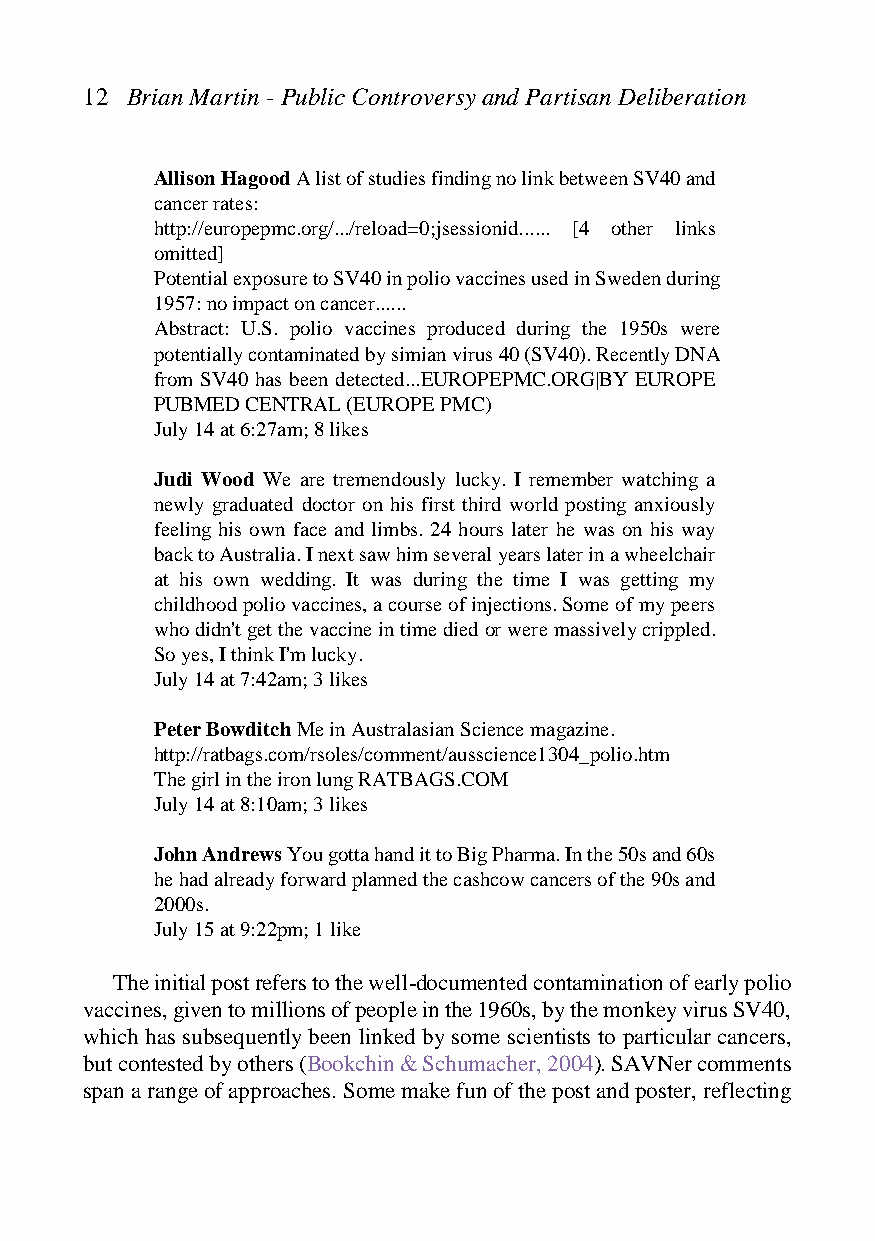
12 Brian Martin - Public Controversy and Partisan Deliberation
 Allison Hagood A list of studies finding no link between SV40 and
 cancer rates:
 http://europepmc.org/.../reload=0;jsessionid...... [4 other links
 omitted]
 Potential exposure to SV40 in polio vaccines used in Sweden during
 1957: no impact on cancer......
 Abstract: U.S. polio vaccines produced during the 1950s were
 potentially contaminated by simian virus 40 (SV40). Recently DNA
 from SV40 has been detected...EUROPEPMC.ORG|BY EUROPE
 PUBMED CENTRAL (EUROPE PMC)
 July 14 at 6:27am; 8 likes
 Judi Wood We are tremendously lucky. I remember watching a
 newly graduated doctor on his first third world posting anxiously
 feeling his own face and limbs. 24 hours later he was on his way
 back to Australia. I next saw him several years later in a wheelchair
 at his own wedding. It was during the time I was getting my
 childhood polio vaccines, a course of injections. Some of my peers
 who didn't get the vaccine in time died or were massively crippled.
 So yes, I think I'm lucky.
 July 14 at 7:42am; 3 likes
 Peter Bowditch Me in Australasian Science magazine.
 http://ratbags.com/rsoles/comment/ausscience1304_polio.htm
 The girl in the iron lung RATBAGS.COM
 July 14 at 8:10am; 3 likes
 John Andrews You gotta hand it to Big Pharma. In the 50s and 60s
 he had already forward planned the cashcow cancers of the 90s and
 2000s.
 July 15 at 9:22pm; 1 like
 The initial post refers to the well-documented contamination of early polio
 vaccines, given to millions of people in the 1960s, by the monkey virus SV40,
 which has subsequently been linked by some scientists to particular cancers,
 but contested by others (Bookchin & Schumacher, 2004). SAVNer comments
 span a range of approaches. Some make fun of the post and poster, reflecting